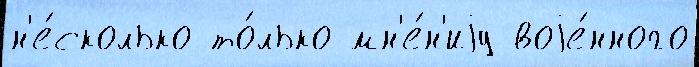
н'е́сколько то́лько мн'е́н'иjу воjе́нного